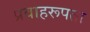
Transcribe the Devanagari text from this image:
प्रवाहरूपता